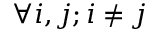
\forall i , j ; i \neq j